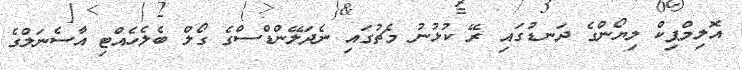
އޮލިމްޕިކް ލިޔޯންގެ ދަނޑުގައި ރޭ ކުޅުނު މެޗުގައި ނެދަލޭންޑްސްގެ ގޯލް ބެލެހެއްޓި އާސެނަލްގެ